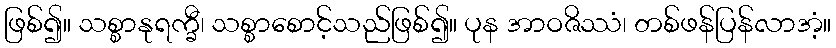
ဖြစ်၍။ သစ္စာနုရက္ခီ၊ သစ္စာစောင့်သည်ဖြစ်၍။ ပုန အာဝဇိဿံ၊ တစ်ဖန်ပြန်လာအံ့။